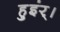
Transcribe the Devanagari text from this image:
हुइंर्।